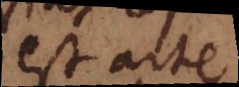
est arte